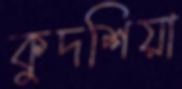
কুদশিয়া